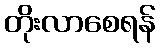
တိုးလာစေရန်